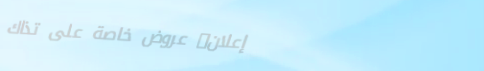
إعلان: عروض خاصة على تذاك